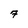
Character: 7